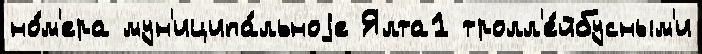
но́м'ера мун'иципа́льноjе Ялта1 тролл'е́йбусным'и